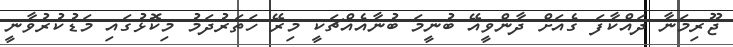
ޖޫރިމަނާ ދައްކާފަ ގެއަށް ދާންވީއޭ ބުނީމަ ބުނާއެއްޗަކީ މިރޭ ހަތަރުދަމު މިކޮޅުގައި މަޑުކުރުވާނީ